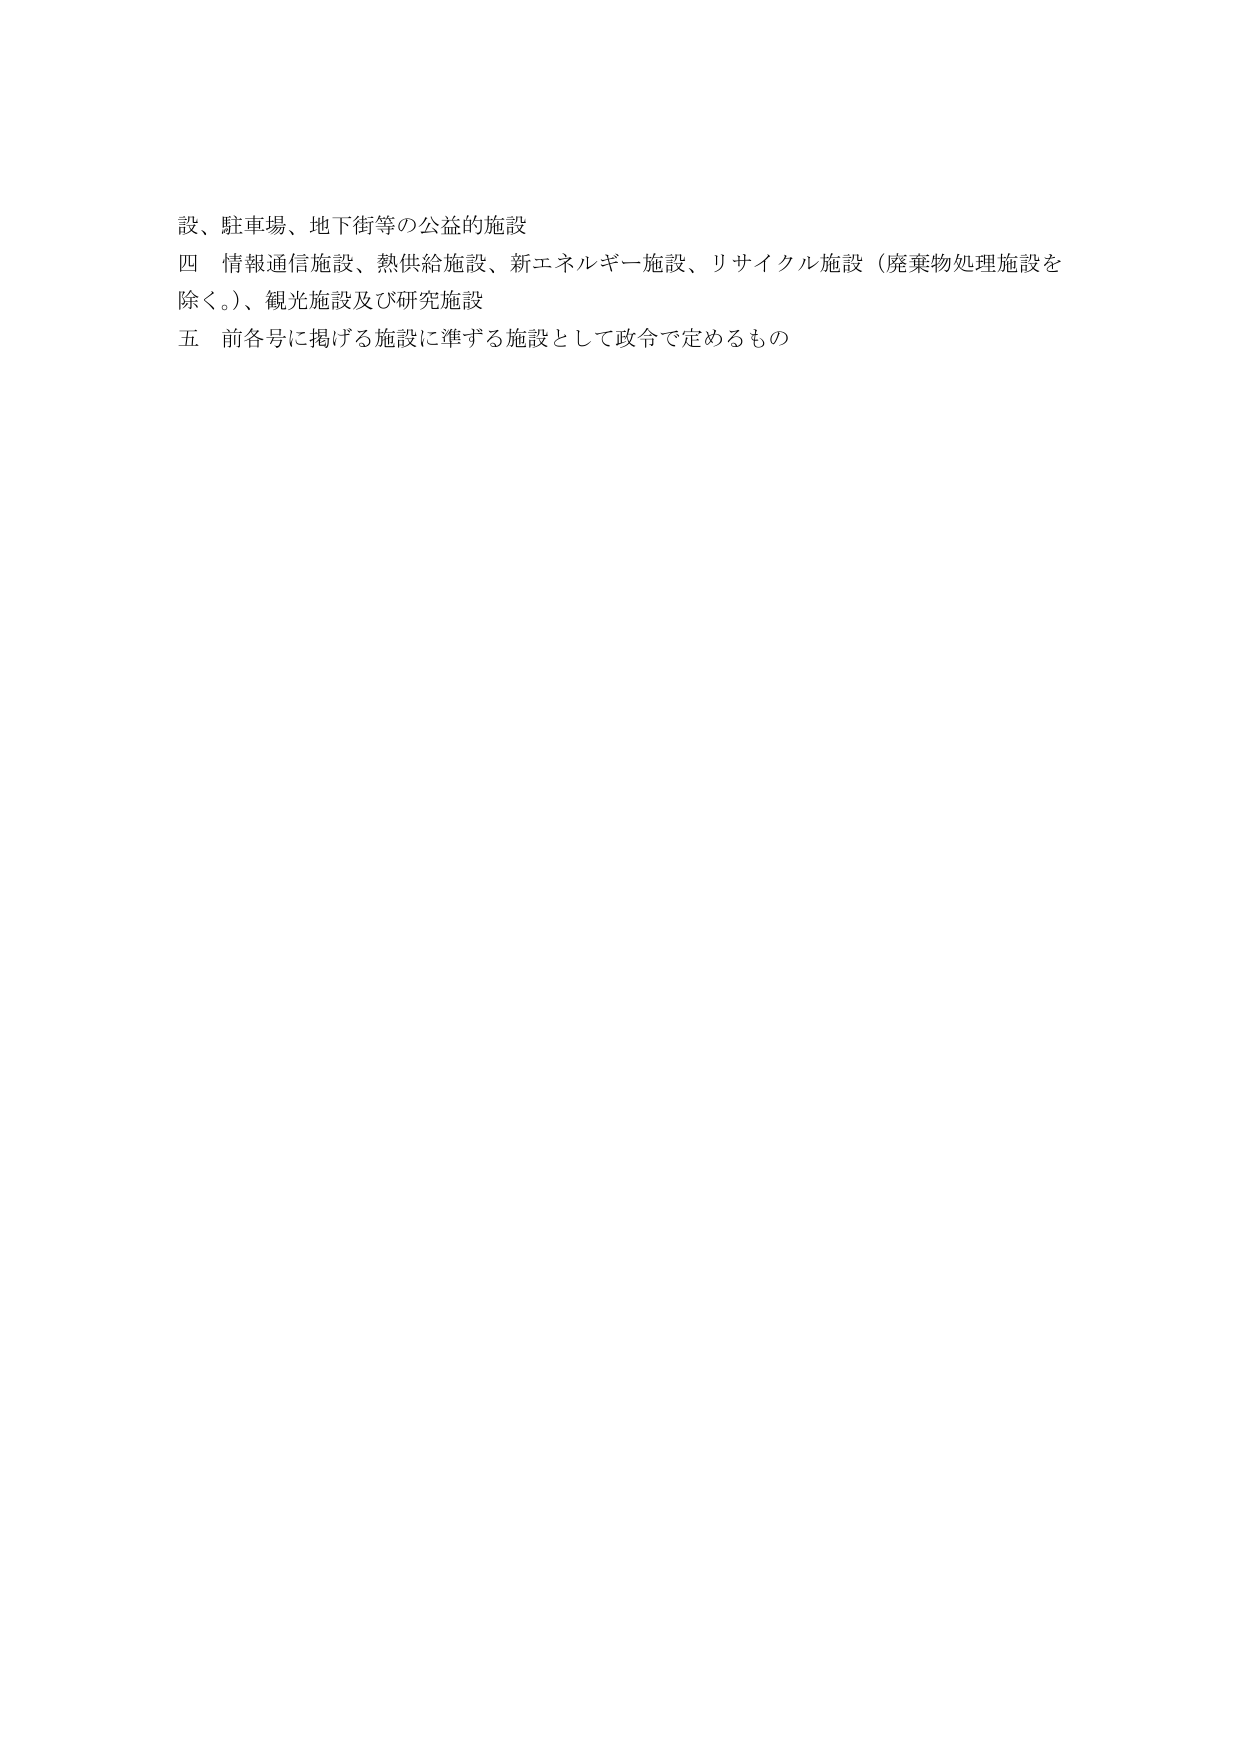
設、駐車場、地下街等の公益的施設
四 情報通信施設、熱供給施設、新エネルギー施設、リサイクル施設（廃棄物処理施設を除く。）、観光施設及び研究施設
五 前各号に掲げる施設に準ずる施設として政令で定めるもの